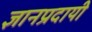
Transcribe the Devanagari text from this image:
ज्ञानप्रदायी